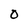
Character: O